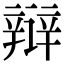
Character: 辩